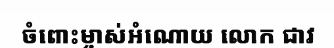
ចំពោះម្ចាស់អំណោយ លោក ជាវ